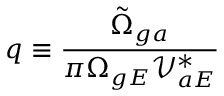
q \equiv \frac { \tilde { \Omega } _ { g a } } { \pi \Omega _ { g E } \mathcal { V } _ { a E } ^ { * } }